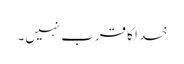
خدا کا قرب نہیں۔